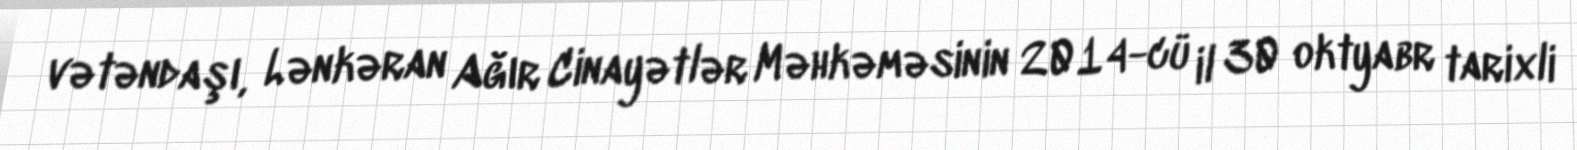
vətəndaşı, Lənkəran Ağır Cinayətlər Məhkəməsinin 2014-cü il 30 oktyabr tarixli